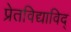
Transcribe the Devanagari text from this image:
प्रेतविद्याविद्